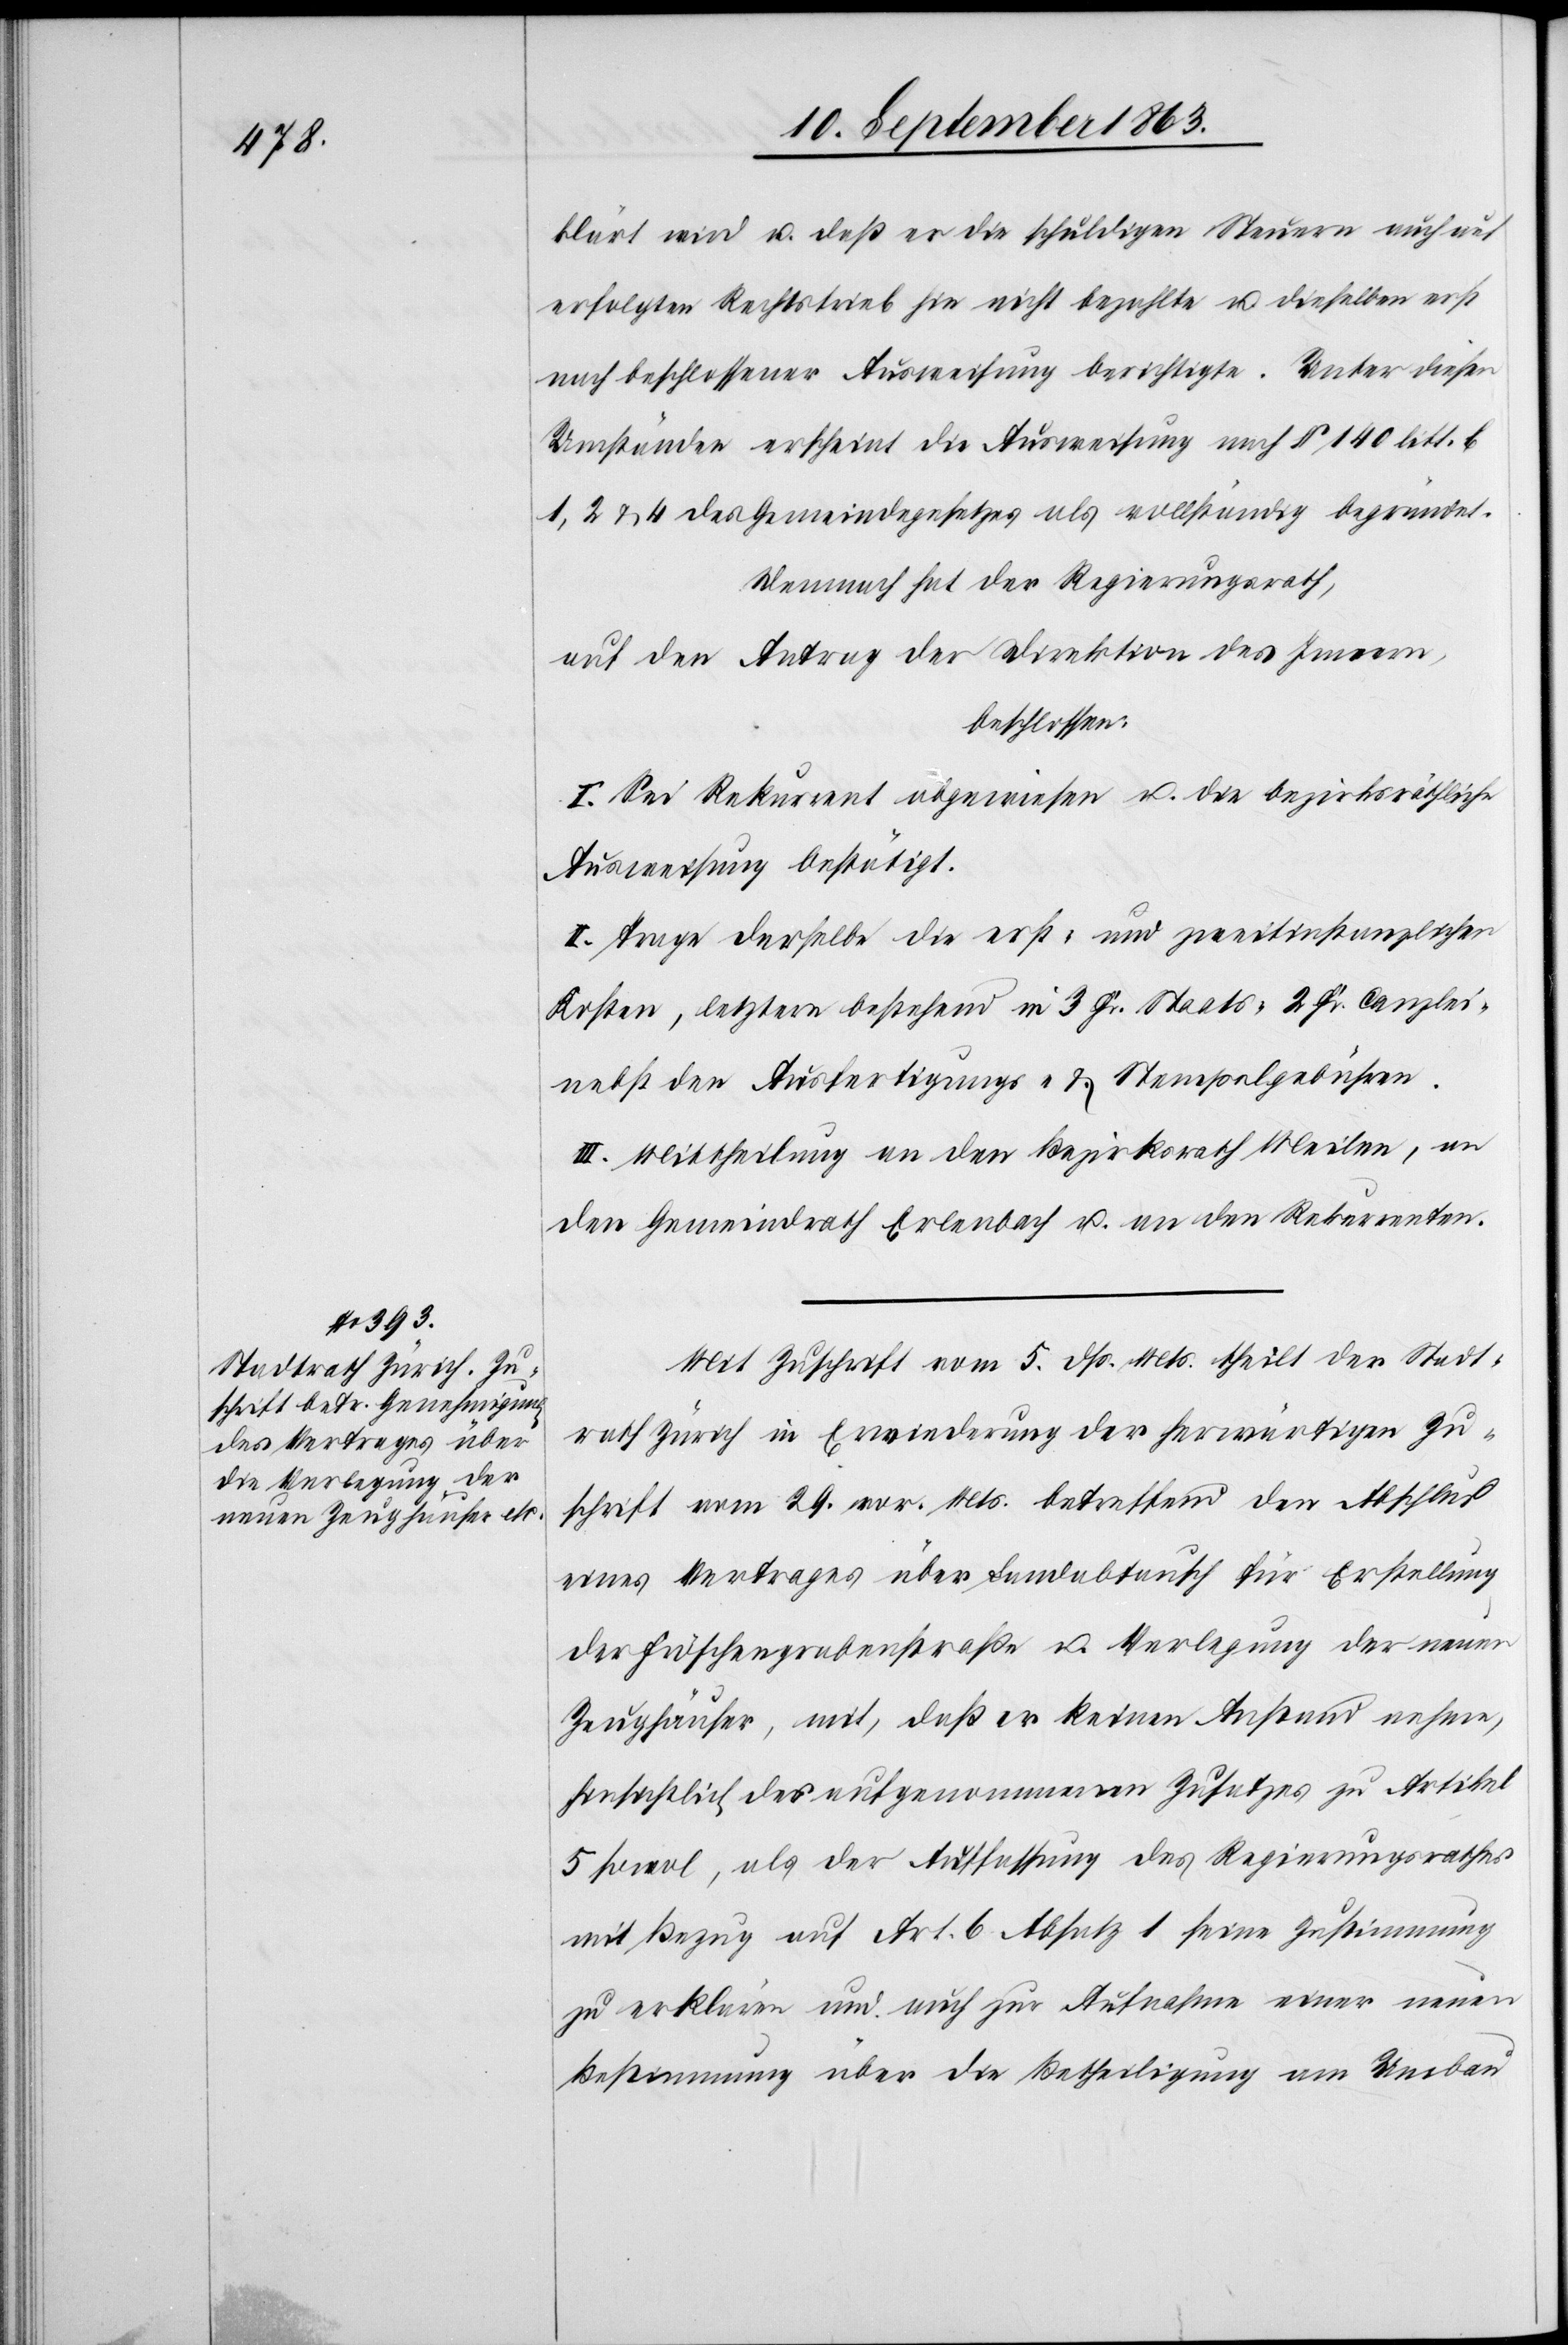
klärt wird u. daß er die schuldigen Steuern auch auf
erfolgten Rechtstrieb hin nicht bezahlte u. dieselben erst
nach beschlossener Ausweisung berichtigte. Unter diesen
Umständen erscheint die Ausweisung nach § 140 litt. b
1, 2 & 4 des Gemeindegesetzes als vollständig begründet.
Demnach hat der Regierungsrath,
auf den Antrag der Direktion des Innern,
beschlossen:
I. Sei Rekurrent abgewiesen u. die bezirksräthliche
Ausweisung bestätigt.
II. Trage derselbe die erst- und zweitinstanzlichen
Kosten, letztere bestehend in 3 Fr. Staats [,] 2 Fr. Canzlei-
nebst den Ausfertigungs- & Stempelgebühren.
III. Mittheilung an den Bezirksrath Meilen, an
den Gemeindrath Erlenbach u. an den Rekurrenten.
Mit Zuschrift vom 5. dß. Mts. theilt der Stadt¬
rath Zürich in Erwiederung der herwärtigen Zu¬
schrift vom 29. vor. Mts. betreffend den Abschluß
eines Vertrages über Landabtausch für Erstellung
der Fröschengrabenstraße u. Verlegung der neuen
Zeughäuser, mit, daß er keinen Anstand nehme,
hinsichtlich des aufgenommenen Zusatzes zu Artikel
5 sowol, als der Auffassung des Regierungsrathes
mit Bezug auf Art. 6 Absatz 1 seine Zustimmung
zu erklären und auch für Aufnahme einer neuen
Bestimmung über die Betheiligung am Umbau